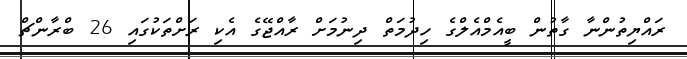
ރައްޔިތުންނާ ގާތުން ބީއެމްއެލްގެ ހިދުމަތް ދިނުމަށް ރާއްޖޭގެ އެކި ރަށްތަކުގައި 26 ބްރާންޗް